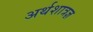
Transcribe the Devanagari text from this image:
अर्थशात्रज्ञ